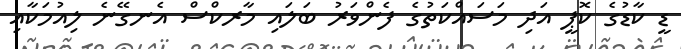
ޑީ ކާޑުގެ ކޮޕީ އަދި މަސައްކަތުގެ ފެންވަރު ބަލައި މާރކްސް އެނގޭނެ ލިއުމަކާއި